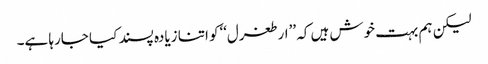
لیکن ہم بہت خوش ہیں کہ ’’ارطغرل‘‘کو اتنا زیادہ پسند کیا جارہا ہے۔